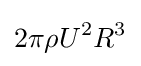
2\pi \rho U^{2}R^{3}